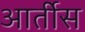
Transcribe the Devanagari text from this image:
आर्तीस